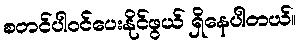
စတင်ပါဝင်ပေးနိုင်ဖွယ် ရှိနေပါတယ်။